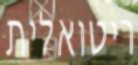
ריטואלית